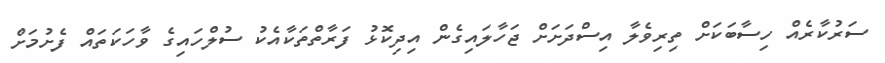
ސަރުކާރެއް ހިސާބަކަށް ތިރިވެލާ އިސްދަށަށް ޖަހާލައިގެން އިދިކޮޅު ފަރާތްތަކާއެކު ސުލްހައިގެ ވާހަކަތައް ފެށުމަށް